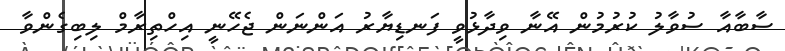
ސާބާއާ ސުވާލު ކުރުމުން އޭނާ ވިދާޅުވީ ފަނޑިޔާރު އަންނަން ޖެހޭނީ އިހްތިރާމް ލިބިގެންވާ